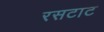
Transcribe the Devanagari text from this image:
रसटाट